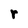
Character: r